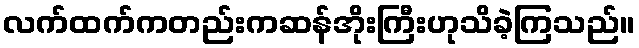
လက်ထက်ကတည်းကဆန်အိုးကြီးဟုသိခဲ့ကြသည်။